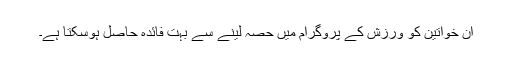
ان خواتین کو ورزش کے پروگرام میں حصہ لینے سے بہت فائدہ حاصل ہوسکتا ہے۔